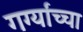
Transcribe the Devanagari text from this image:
गर्ग्यांच्चा